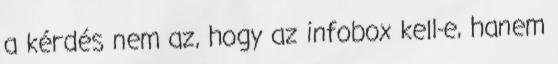
a kérdés nem az, hogy az infobox kell-e, hanem